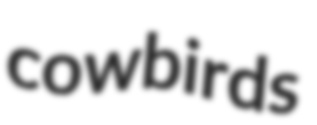
cowbirds